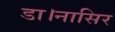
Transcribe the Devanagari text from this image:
डा।नासिर